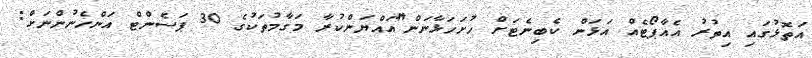
އަތޮޅުގައި އިތުރު އެއާޕޯޓެއް އަޅަން ކެބިނެޓަށް ހުށަހަޅާނަން"ައައްޔަންކުރާ މަގާމުތަކުގެ 30 ޕަސެންޓް އަންހެނުންނަށް: